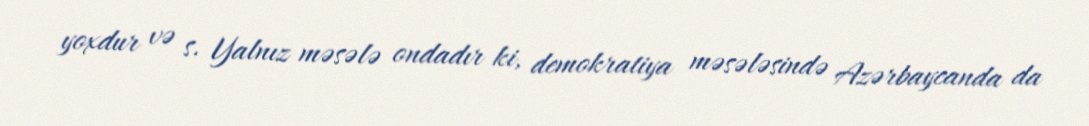
yoxdur və s. Yalnız məsələ ondadır ki, demokratiya məsələsində Azərbaycanda da